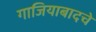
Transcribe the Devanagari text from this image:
गाजियाबादचे